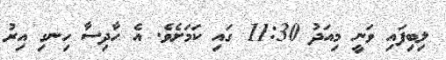
ލިބިފައި ވަނީ މިއަދު 11:30 ގައި ކަމަށެވެ. އެ ހާދިސާ ހިނގި އިރު